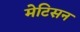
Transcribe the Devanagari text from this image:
मेटिसन